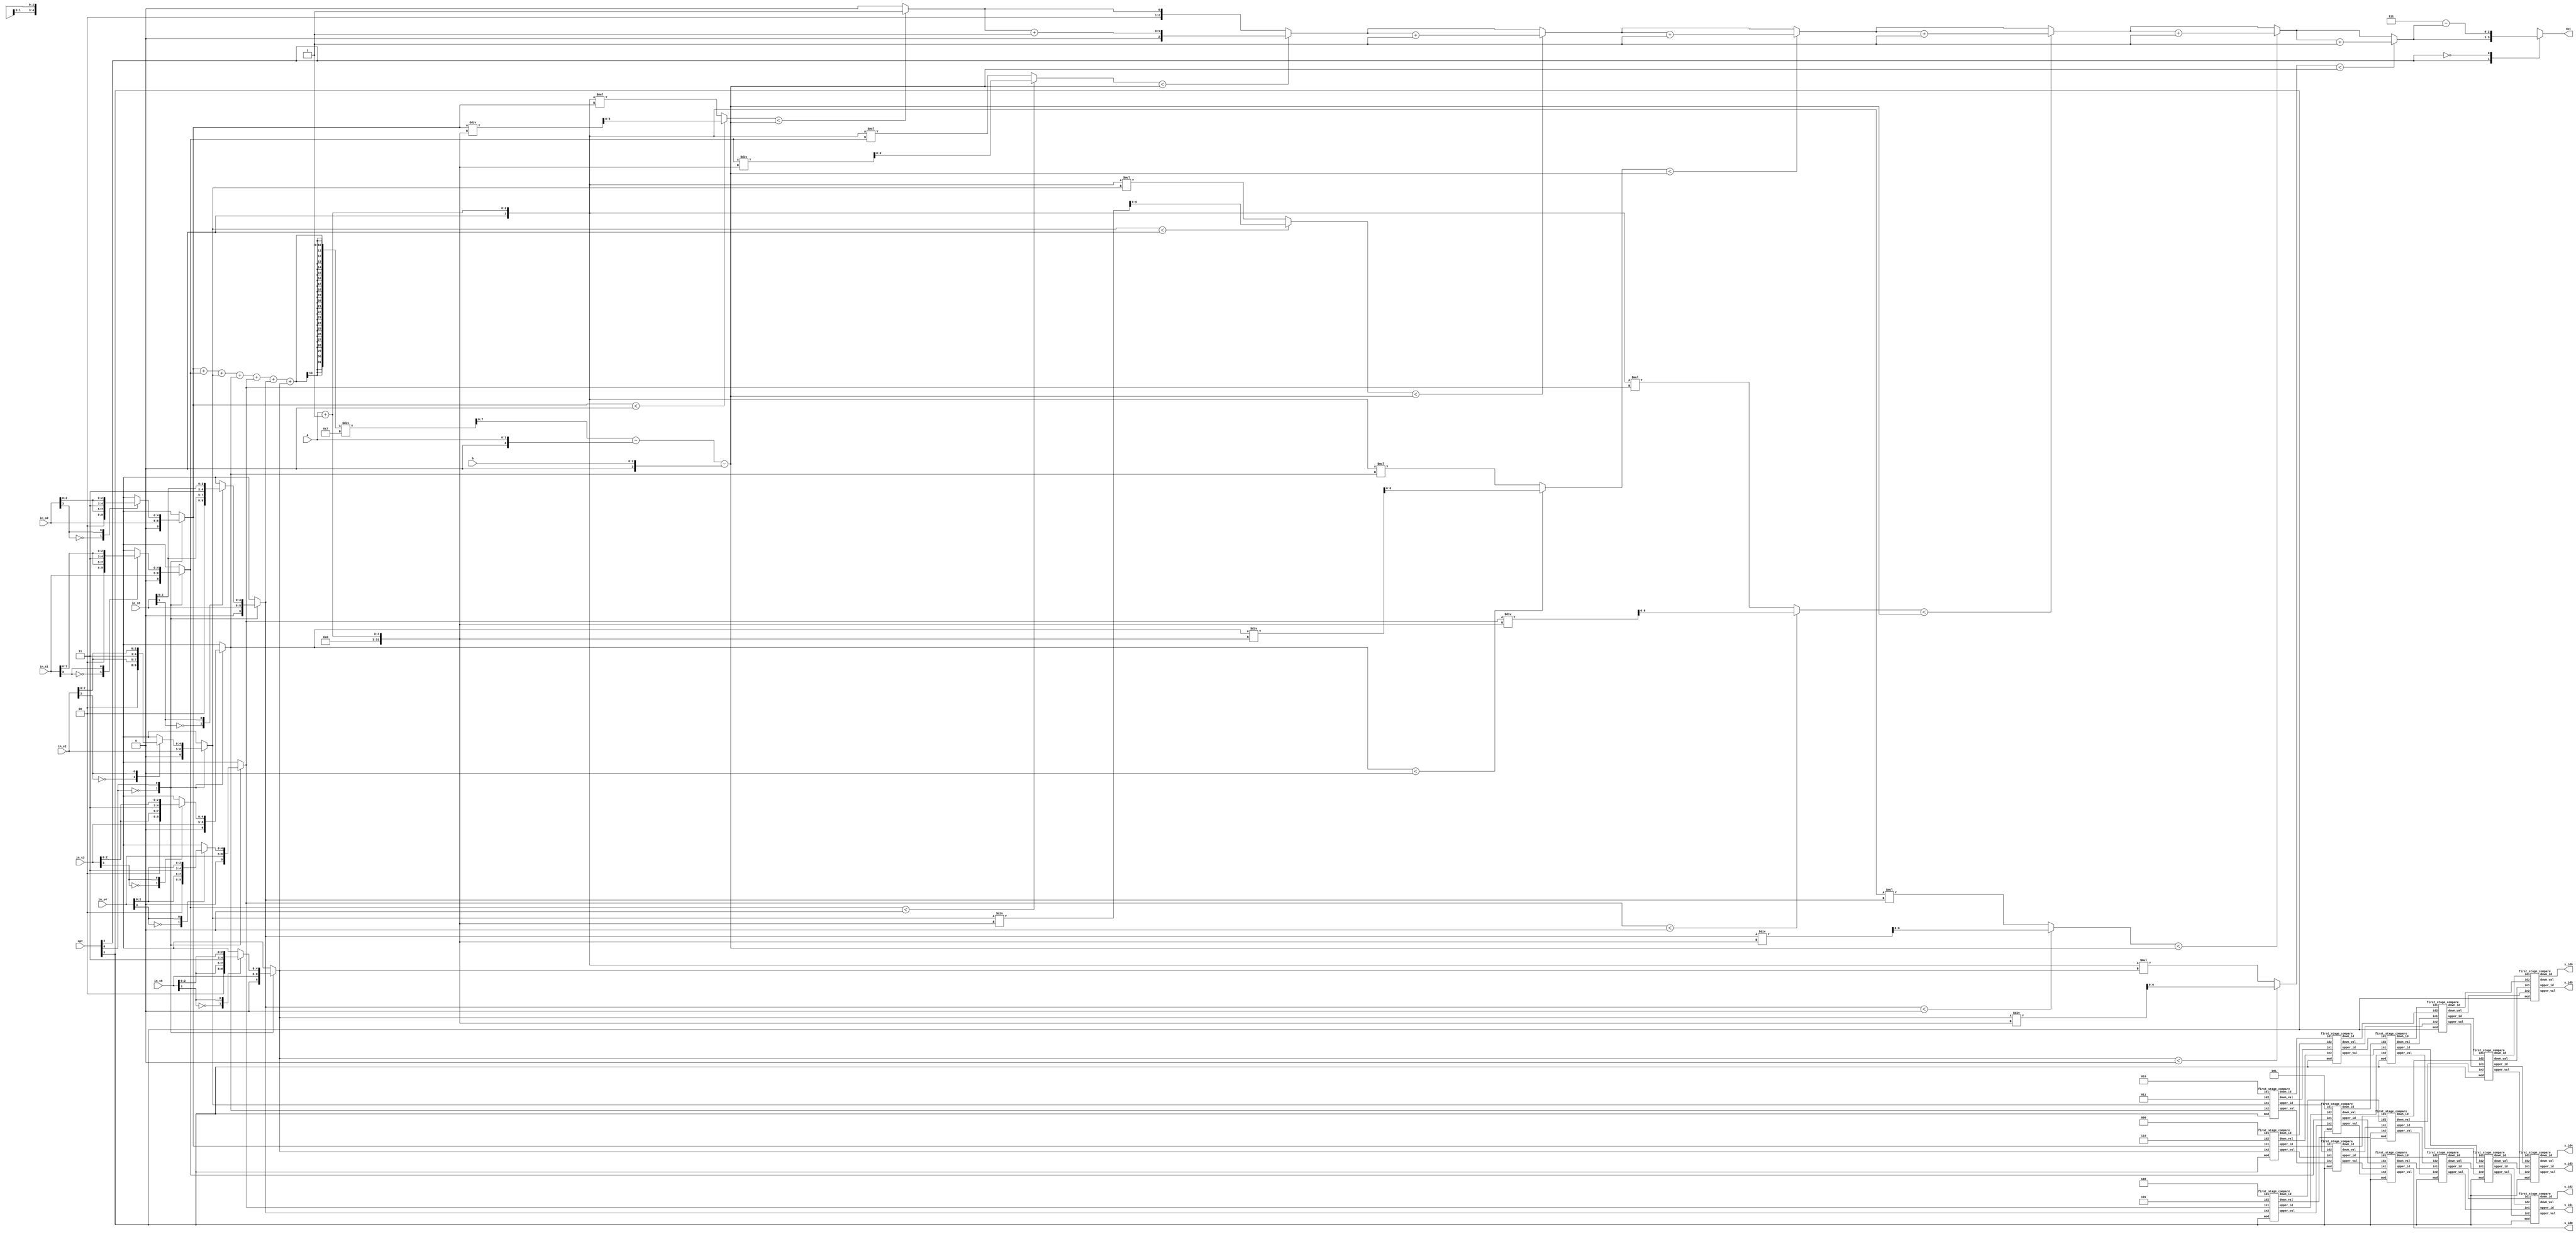
module CC(
	in_s0,
	in_s1, 
	in_s2, 
	in_s3, 
    in_s4, 
	in_s5,
    in_s6, 
	opt,
	a,
	b,
	out,
    s_id0,
    s_id1,
    s_id2,
    s_id3,
    s_id4,
    s_id5,
    s_id6
);
input [3:0]in_s0;
input [3:0]in_s1;
input [3:0]in_s2;
input [3:0]in_s3;
input [3:0]in_s4;
input [3:0]in_s5;
input [3:0]in_s6;
input [2:0] opt;
input [1:0] a;
input [2:0] b;

output reg [2:0] out;

output [2:0] s_id0;
output [2:0] s_id1;
output [2:0] s_id2;
output [2:0] s_id3;
output [2:0] s_id4;
output [2:0] s_id5;
output [2:0] s_id6;
//==================================================================
// reg & wire
//==================================================================
reg [3:0] initial_input [6:0];
//reg signed[8:0] all_input [6:0];
reg signed[4:0] all_input_extend [6:0];
//reg signed [3:0] all_input_signed [6:0];
//reg signed [3:0] input_signed_sort [6:0];
reg [2:0] id [6:0];
//reg signed[4:0] key;
//reg signed[4:0] key_2;
//reg signed[7:0] sum;
//reg signed[6:0] sum_2;
//reg [3:0] mean;
reg signed[7:0] passingscore;
//reg signed [4:0] passingscore_1;
reg signed [6:0] adjusts [6:0];
reg [2:0] no_pass;
//reg [2:0] pass;
reg signed [4:0] a_extend;
reg signed [4:0] b_extend;

integer nn,z,k;

wire signed[4:0]temp_val[24:0] ;
wire        [2:0]temp_id[24:0] ;
wire signed[4:0]result_val[6:0] ;
wire       [2:0]result_id[6:0] ;
//==================================================================
// design
//==================================================================

// Extend
always@(*)begin
	id [6] = 6;
	id [5] = 5;
	id [4] = 4;
	id [3] = 3;
	id [2] = 2;
	id [1] = 1;
	id [0] = 0;
	initial_input[6] = in_s6;
	initial_input[5] = in_s5;
	initial_input[4] = in_s4;
	initial_input[3] = in_s3;
	initial_input[2] = in_s2;
	initial_input[1] = in_s1;
	initial_input[0] = in_s0;
	case (opt[0])
		1'b0 : begin
			for(k=0;k<7;k=k+1)begin: extend1
				all_input_extend[k] = {1'b0,initial_input[k]};
				//all_input[k] = {1'b0,initial_input[k],id [k]};
			end
		end
		1'b1 : begin
			for(k=0;k<7;k=k+1)begin: extend2
				case(initial_input[k][3])
					1'b0 : begin
						all_input_extend[k] = {1'b0,initial_input[k]};
						//all_input[k] = {1'b0,initial_input[k],id [k]};
					end
					1'b1 : begin
						all_input_extend[k] = {1'b1,initial_input[k]};
						//all_input[k] = {1'b1,initial_input[k],id [k]};
					end
				endcase
			end
		end
	endcase
end


//mean
always@(*)begin
	a_extend=a;
	b_extend=b;
	passingscore= (all_input_extend[0]+all_input_extend[1]+all_input_extend[2]+all_input_extend[3]+all_input_extend[4]+all_input_extend[5]+all_input_extend[6])/7-a_extend-b_extend;
	//passingscore=sum/7;
	//passingscore=passingscore-a_extend-b_extend;
		for(nn=0;nn<7;nn=nn+1)begin: adj2
			if(all_input_extend[nn]<0)begin
				adjusts[nn]=all_input_extend[nn]/(a_extend+1);
			end
			else
				adjusts[nn]=(a_extend+1)*all_input_extend[nn];
			end
end

//adjust score

always@(*)begin
	no_pass=0;
	for(z=0;z<7;z=z+1)begin: adj3
		if(adjusts[z]<passingscore)
			no_pass=no_pass+1; 
		else
			no_pass=no_pass;

	end
	case(opt[2])
		1'd1 : out=no_pass;
		1'd0 : out=7-no_pass;
	endcase
end

// sort
first_stage_compare f1 (opt[1],all_input_extend[0], all_input_extend[6],id[0],id[6], temp_val[0], temp_val[1], temp_id[0], temp_id[1]);
first_stage_compare f2 (opt[1],all_input_extend[2], all_input_extend[3],id[2],id[3], temp_val[2], temp_val[3], temp_id[2], temp_id[3]);
first_stage_compare f3 (opt[1],all_input_extend[4], all_input_extend[5],id[4],id[5], temp_val[4], temp_val[5], temp_id[4], temp_id[5]);
first_stage_compare f4 (opt[1],all_input_extend[1], temp_val[4] ,id[1],temp_id[4], temp_val[6], temp_val[7], temp_id[6], temp_id[7]);
first_stage_compare f5 (opt[1],temp_val[0] , temp_val[2] ,temp_id[0] , temp_id[2] , temp_val[8], temp_val[9], temp_id[8], temp_id[9]);
first_stage_compare f6 (opt[1],temp_val[3] , temp_val[1] ,temp_id[3] , temp_id[1] , temp_val[10], temp_val[11], temp_id[10], temp_id[11]);
first_stage_compare f7 (opt[1],temp_val[8] , temp_val[6] ,temp_id[8] , temp_id[6], result_val[0], temp_val[12], result_id[0], temp_id[12]);
first_stage_compare f8 (opt[1],temp_val[10], temp_val[7] ,temp_id[10], temp_id[7], temp_val[13], temp_val[14], temp_id[13], temp_id[14]);
first_stage_compare f9 (opt[1],temp_val[9] , temp_val[5] ,temp_id[9] , temp_id[5], temp_val[15], temp_val[16], temp_id[15], temp_id[16]);
first_stage_compare f10(opt[1],temp_val[12], temp_val[15],temp_id[12], temp_id[15], temp_val[17], temp_val[18], temp_id[17], temp_id[18]);
first_stage_compare f11(opt[1],temp_val[14], temp_val[11],temp_id[14], temp_id[11], temp_val[19], temp_val[20], temp_id[19], temp_id[20]);
first_stage_compare f12(opt[1],temp_val[18], temp_val[13],temp_id[18], temp_id[13], temp_val[21], temp_val[22], temp_id[21], temp_id[22]);
first_stage_compare f13(opt[1],temp_val[19], temp_val[16],temp_id[19], temp_id[16], temp_val[23], temp_val[24], temp_id[23], temp_id[24]);
first_stage_compare f14(opt[1],temp_val[17], temp_val[21],temp_id[17], temp_id[21], result_val[1],result_val[2], result_id[1],result_id[2]);
first_stage_compare f15(opt[1],temp_val[22], temp_val[23],temp_id[22], temp_id[23], result_val[3],result_val[4], result_id[3],result_id[4]);
first_stage_compare f16(opt[1],temp_val[24], temp_val[20],temp_id[24], temp_id[20], result_val[5],result_val[6], result_id[5],result_id[6]);

assign s_id0 = result_id[0];
assign s_id1 = result_id[1];
assign s_id2 = result_id[2];
assign s_id3 = result_id[3];
assign s_id4 = result_id[4];
assign s_id5 = result_id[5];
assign s_id6 = result_id[6];


endmodule

module first_stage_compare(mod,in1, in2,id1,id2, upper_val, down_val, upper_id, down_id);
	input signed[4:0] in1, in2;
	input [2:0] id1, id2;
	input mod;
	output reg signed[4:0] upper_val, down_val;
	output reg[2:0] upper_id, down_id;
	
	always @(*)begin
		case(mod)
			1'b0 : begin
				if (in1>in2) begin
					upper_val = in2;
					upper_id = id2;
					down_val = in1;
					down_id = id1;
				end
				else if (in1==in2)begin
					if (id1>id2) begin
						upper_val = in2;
						upper_id = id2;
						down_val = in1;
						down_id = id1;
					end
					else begin
						upper_val = in1;
						upper_id = id1;
						down_val = in2;
						down_id = id2;
					end
				end
				else begin
					upper_val = in1;
					upper_id = id1;
					down_val = in2;
					down_id = id2;
				end
			end
			1'b1 : begin
				if (in1<in2) begin
					upper_val = in2;
					upper_id = id2;
					down_val = in1;
					down_id = id1;
				end
				else if (in1==in2)begin
					if (id1>id2) begin
						upper_val = in2;
						upper_id = id2;
						down_val = in1;
						down_id = id1;
					end
					else begin
						upper_val = in1;
						upper_id = id1;
						down_val = in2;
						down_id = id2;
					end
				end
				else begin
					upper_val = in1;
					upper_id = id1;
					down_val = in2;
					down_id = id2;
				end
			end	
		endcase		
	end

endmodule